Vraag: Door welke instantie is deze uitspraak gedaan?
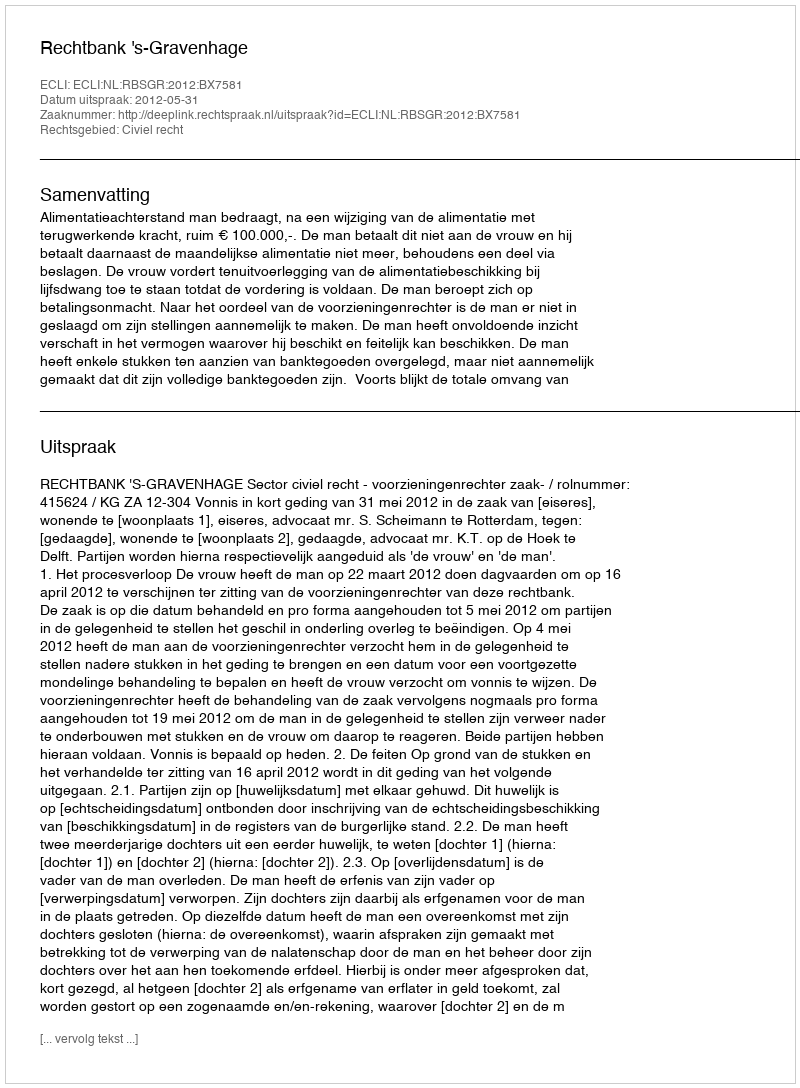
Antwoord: Rechtbank 's-Gravenhage